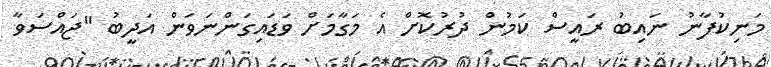
މަނިކުފާނު ނައިބު ރައީސް ކަމުން ދުރުކޮށް އެ މަގާމަށް ވަޑައިގަންނަވަން އަދީބު "ޖައްސަވާ